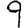
Digit: 9